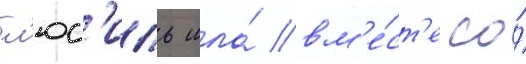
л'юс'иль шла́ вм'е́ст'е со́